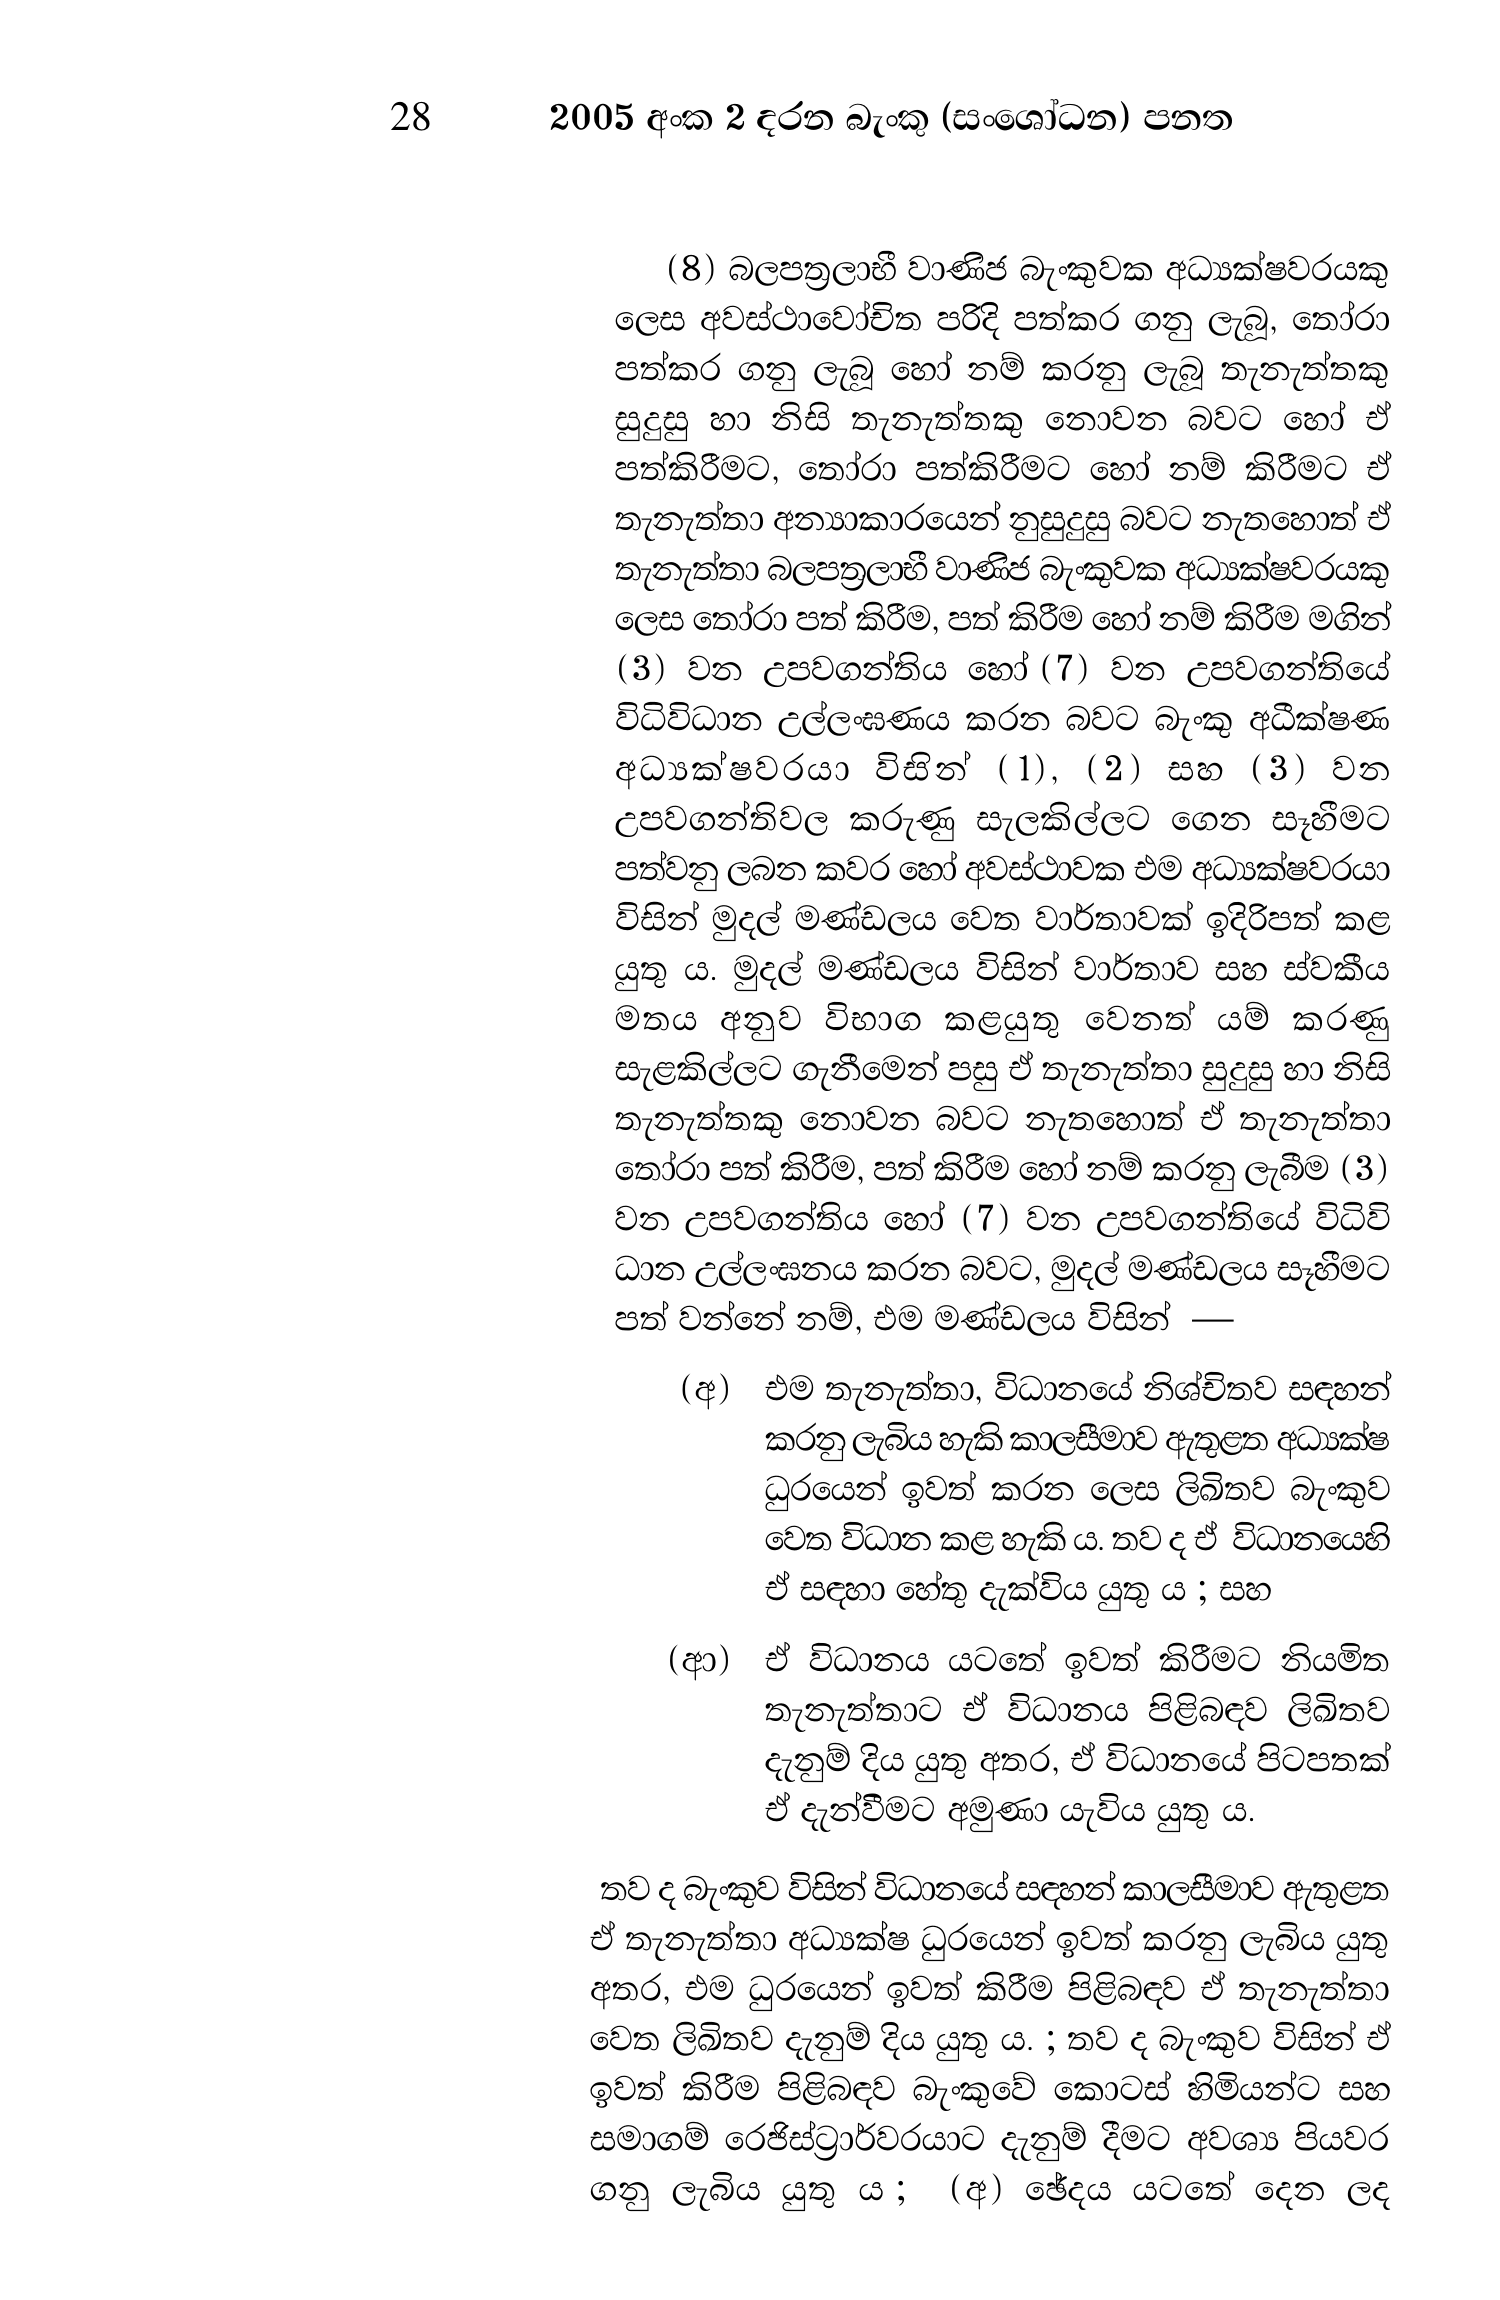
28 2005 අංක 2 දරන බැංකු (සංශෝධන) පනත

(8) බලපත්‍රලාභී වාණිජ බැංකුවක අධ්‍යක්ෂවරයකු
ලෙස අවස්ථාවෝචිත පරිදි පත්කර ගනු ලැබූ, තෝරා
පත්කර ගනු ලැබූ හෝ නම් කරනු ලැබූ තැනැත්තකු
සුදුසු හා නිසි තැනැත්තකු නොවන බවට හෝ ඒ
පත්කිරීමට, තෝරා පත්කිරීමට හෝ නම් කිරීමට ඒ
තැනැත්තා අන්‍යාකාරයෙන් නුසුදුසු බවට නැතහොත් ඒ
තැනැත්තා බලපත්‍රලාභී වාණිජ බැංකුවක අධ්‍යක්ෂවරයකු
ලෙස තෝරා පත් කිරීම, පත් කිරීම හෝ නම් කිරීම මගින්
(3) වන උපවගන්තිය හෝ (7) වන උපවගන්තියේ
විධිවිධාන උල්ලංඝණය කරන බවට බැංකු අධීක්ෂණ
අධ්‍යක්ෂවරයා විසින් (1), (2) සහ (3) වන
උපවගන්තිවල කරුණු සැලකිල්ලට ගෙන සෑහීමට
පත්වනු ලබන කවර හෝ අවස්ථාවක එම අධ්‍යක්ෂවරයා
විසින් මුදල් මණ්ඩලය වෙත වාර්තාවක් ඉදිරිපත් කළ
යුතු ය. මුදල් මණ්ඩලය විසින් වාර්තාව සහ ස්වකීය
මතය අනුව විභාග කළයුතු වෙනත් යම් කරණු
සැළකිල්ලට ගැනීමෙන් පසු ඒ තැනැත්තා සුදුසු හා නිසි
තැනැත්තකු නොවන බවට නැතහොත් ඒ තැනැත්තා
තෝරා පත් කිරීම, පත් කිරීම හෝ නම් කරනු ලැබීම (3)
වන උපවගන්තිය හෝ (7) වන උපවගන්තියේ විධිවි
ධාන උල්ලංඝනය කරන බවට, මුදල් මණ්ඩලය සෑහීමට
පත් වන්නේ නම්, එම මණ්ඩලය විසින් —

(අ) එම තැනැත්තා, විධානයේ නිශ්චිතව සඳහන්
කරනු ලැබිය හැකිකාලසීමාව ඇතුළත අධ්‍යක්ෂ
ධුරයෙන් ඉවත් කරන ලෙස ලිඛිතව බැංකුව
වෙත විධාන කළ හැකිය. තව ද ඒ විධානයෙහි
ඒ සඳහා හේතු දැක්විය යුතු ය ; සහ

(ආ) ඒ විධානය යටතේ ඉවත් කිරීමට නියමිත
තැනැත්තාට ඒ විධානය පිළිබඳව ලිඛිතව
දැනුම් දිය යුතු අතර, ඒ විධානයේ පිටපතක්
ඒ දැන්වීමට අමුණා යැවිය යුතු ය.

තව ද බැංකුව විසින් විධානයේ සඳහන් කාලසීමාව ඇතුළත
ඒ තැනැත්තා අධ්‍යක්ෂ ධුරයෙන් ඉවත් කරනු ලැබිය යුතු
අතර, එම ධුරයෙන් ඉවත් කිරීම පිළිබඳව ඒ තැනැත්තා
වෙත ලිඛිතව දැනුම් දිය යුතු ය. ; තව ද බැංකුව විසින් ඒ
ඉවත් කිරීම පිළිබඳව බැංකුවේ කොටස් හිමියන්ට සහ
සමාගම් රෙජිස්ට්‍රාර්වරයාට දැනුම් දීමට අවශ්‍ය පියවර
ගනු ලැබිය යුතු ය; (අ) ඡේදය යටතේ දෙන ලද